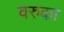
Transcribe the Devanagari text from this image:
वरुका